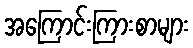
အကြောင်းကြားစာများ